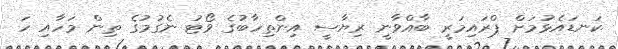
ކަނޑައެޅުމަށް ޕްރައިމަރީ ބާއްވާނީ ރިޔާސީ އިންތިހާބުގެ ވޯޓު ނެގުމުގެ ތިން މަހާއި ހަ